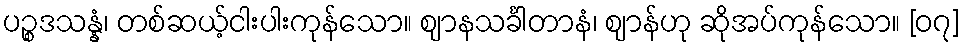
ပဉ္စဒသန္နံ၊ တစ်ဆယ့်ငါးပါးကုန်သော။ ဈာနသင်္ခါတာနံ၊ ဈာန်ဟု ဆိုအပ်ကုန်သော။ [၀၇]